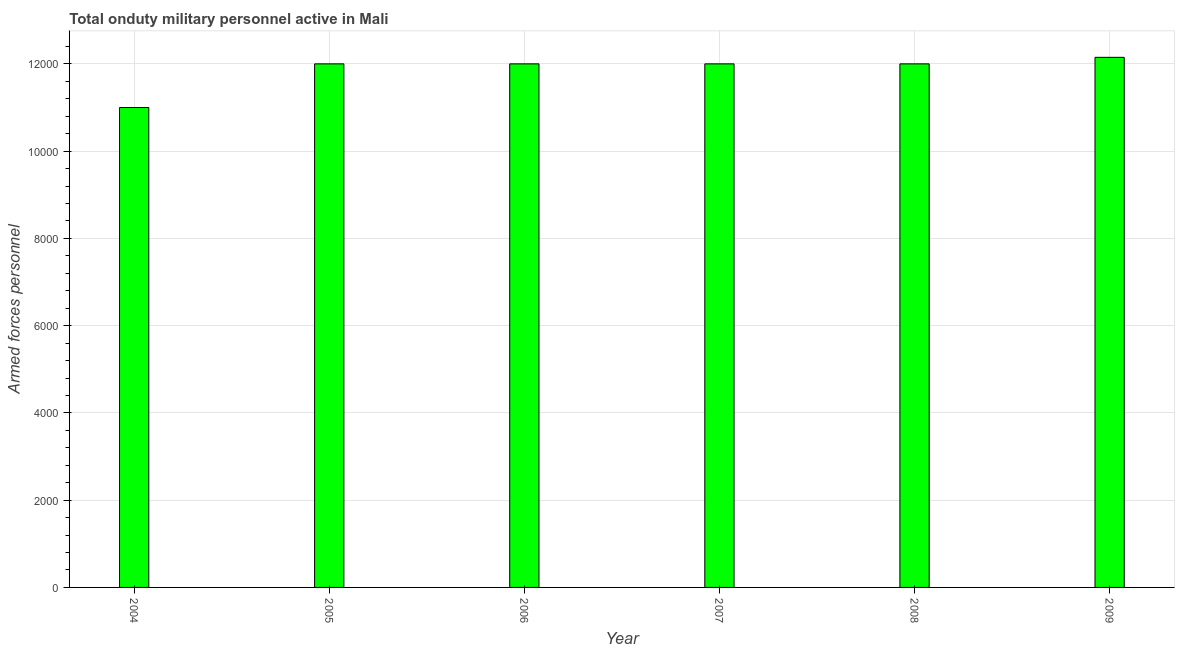
| Year | Armed forces personnel |
 | --- | --- |
 | 2004 | 1.1e+04 |
 | 2005 | 1.2e+04 |
 | 2006 | 1.2e+04 |
 | 2007 | 1.2e+04 |
 | 2008 | 1.2e+04 |
 | 2009 | 1.22e+04 |